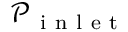
\mathcal { P } _ { \mathrm { ~ i ~ n ~ l ~ e ~ t ~ } }